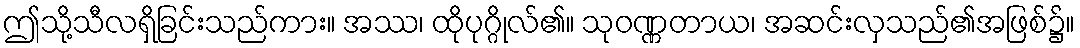
ဤသို့သီလရှိခြင်းသည်ကား။ အဿ၊ ထိုပုဂ္ဂိုလ်၏။ သုဝဏ္ဏတာယ၊ အဆင်းလှသည်၏အဖြစ်၌။